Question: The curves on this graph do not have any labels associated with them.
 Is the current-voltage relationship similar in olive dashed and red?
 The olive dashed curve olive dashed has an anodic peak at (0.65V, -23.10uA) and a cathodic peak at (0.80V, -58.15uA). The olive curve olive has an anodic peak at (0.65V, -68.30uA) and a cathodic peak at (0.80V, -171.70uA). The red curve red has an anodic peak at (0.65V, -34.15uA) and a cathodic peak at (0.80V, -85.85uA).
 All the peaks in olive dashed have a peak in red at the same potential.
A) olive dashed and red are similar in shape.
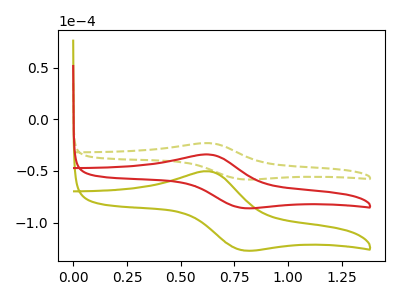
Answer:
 <answer>A) "olive dashed" and "red" are similar in shape.</answer>
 <eval>A</eval>